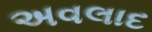
અવલાદ